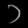
Digit: ၁